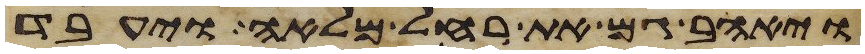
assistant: ויאהב גם את רחל מלאה ויעבד